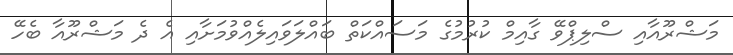
މަޝްރޫއާއި ސްލިޕްވޭ ގާއިމް ކުރުމުގެ މަސައްކަތް ބައްލަވައިލެއްވުމަށާއި އެ ދެ މަޝްރޫއާ ބެހޭ